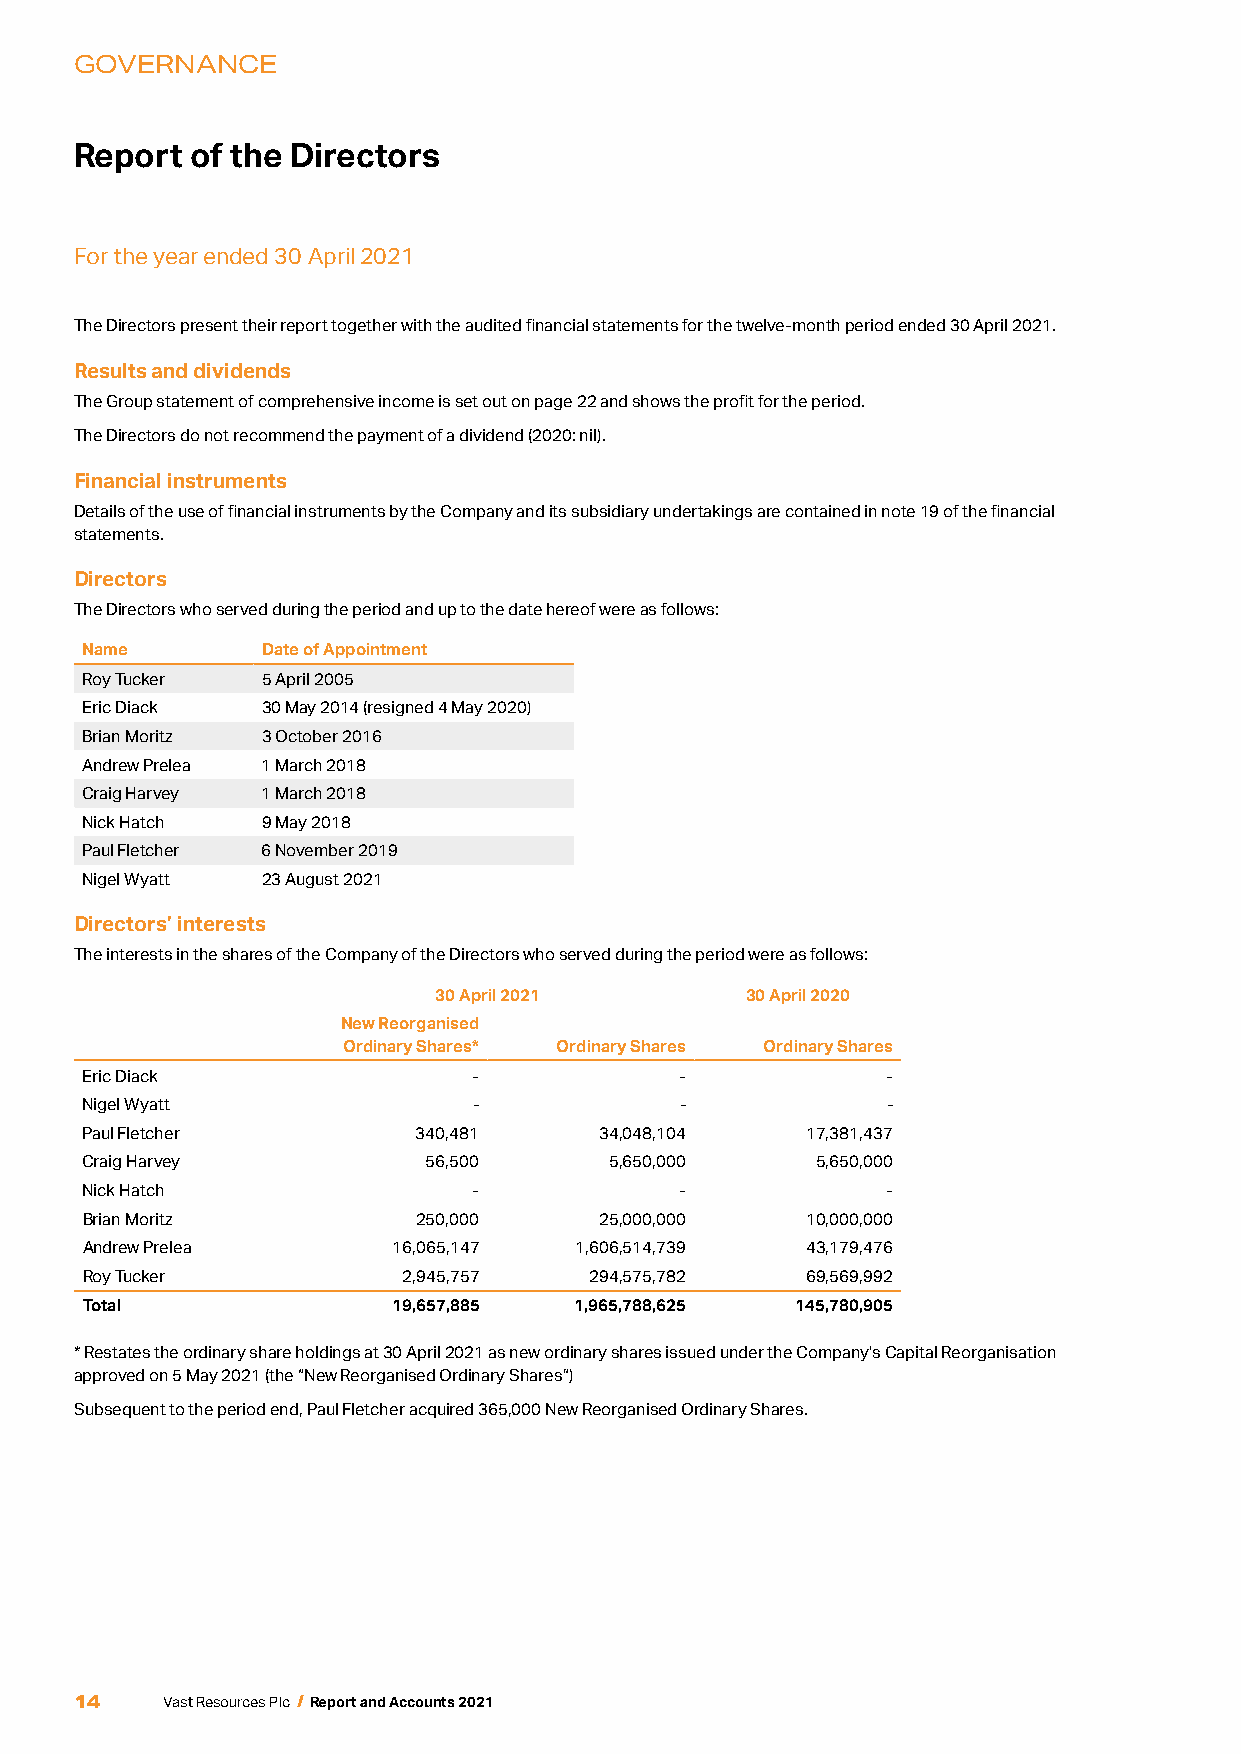
GOVERNANCE
 Report  of the Directors
 For the year ended 30 April 2021
 The Directors present their report together with the audited financial statements for the twelve-month period ended 30 April 2021.
 Results and dividends
 The Group statement of comprehensive income is set out on page 22 and shows the profit for the period.
 The Directors do not recommend the payment of a dividend (2020: nil).
 Financial instruments
 Details of the use of financial instruments by the Company and its subsidiary undertakings are contained in note 19 of the financial
 statements.
 Directors
 The Directors who served during the period and up to the date hereof were as follows:
 Name       Date of Appointment
 Roy Tucker 5 April 2005
 Eric Diack 30 May 2014 (resigned 4 May 2020)
 Brian Moritz 3 October 2016
 Andrew Prelea 1 March 2018
 Craig Harvey 1 March 2018
 Nick Hatch 9 May 2018
 Paul Fletcher 6 November 2019
 Nigel Wyatt 23 August 2021
 Directors’ interests
 The interests in the shares of the Company of the Directors who served during the period were as follows:
 30 April 2021       30 April 2020
 New Reorganised
 Ordinary Shares* Ordinary Shares Ordinary Shares
 Eric Diack               -             -             -
 Nigel Wyatt              -             -             -
 Paul Fletcher         340,481     34,048,104   17,381,437
 Craig Harvey          56,500      5,650,000     5,650,000
 Nick Hatch               -             -             -
 Brian Moritz          250,000     25,000,000   10,000,000
 Andrew Prelea       16,065,147  1,606,514,739  43,179,476
 Roy Tucker           2,945,757   294,575,782   69,569,992
 Total               19,657,885  1,965,788,625  145,780,905
 * Restates the ordinary share holdings at 30 April 2021 as new ordinary shares issued under the Company's Capital Reorganisation
 approved on 5 May 2021 (the “New Reorganised Ordinary Shares”)
 Subsequent to the period end, Paul Fletcher acquired 365,000 New Reorganised Ordinary Shares.
 14
 Vast Resources Plc / Report and Accounts 2021